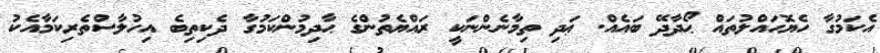
އެކަމުގާ ހެޔޮހައްލުތައް ޙޯދާދޭ ބައެއް. ޢަދި ތިމާނެންނަކީ ރައްޔެތުންގެ ޙާދިމުންކަމުގާ ދެކިތިބެ އިހުލާސްތެރިކަމާއެކު